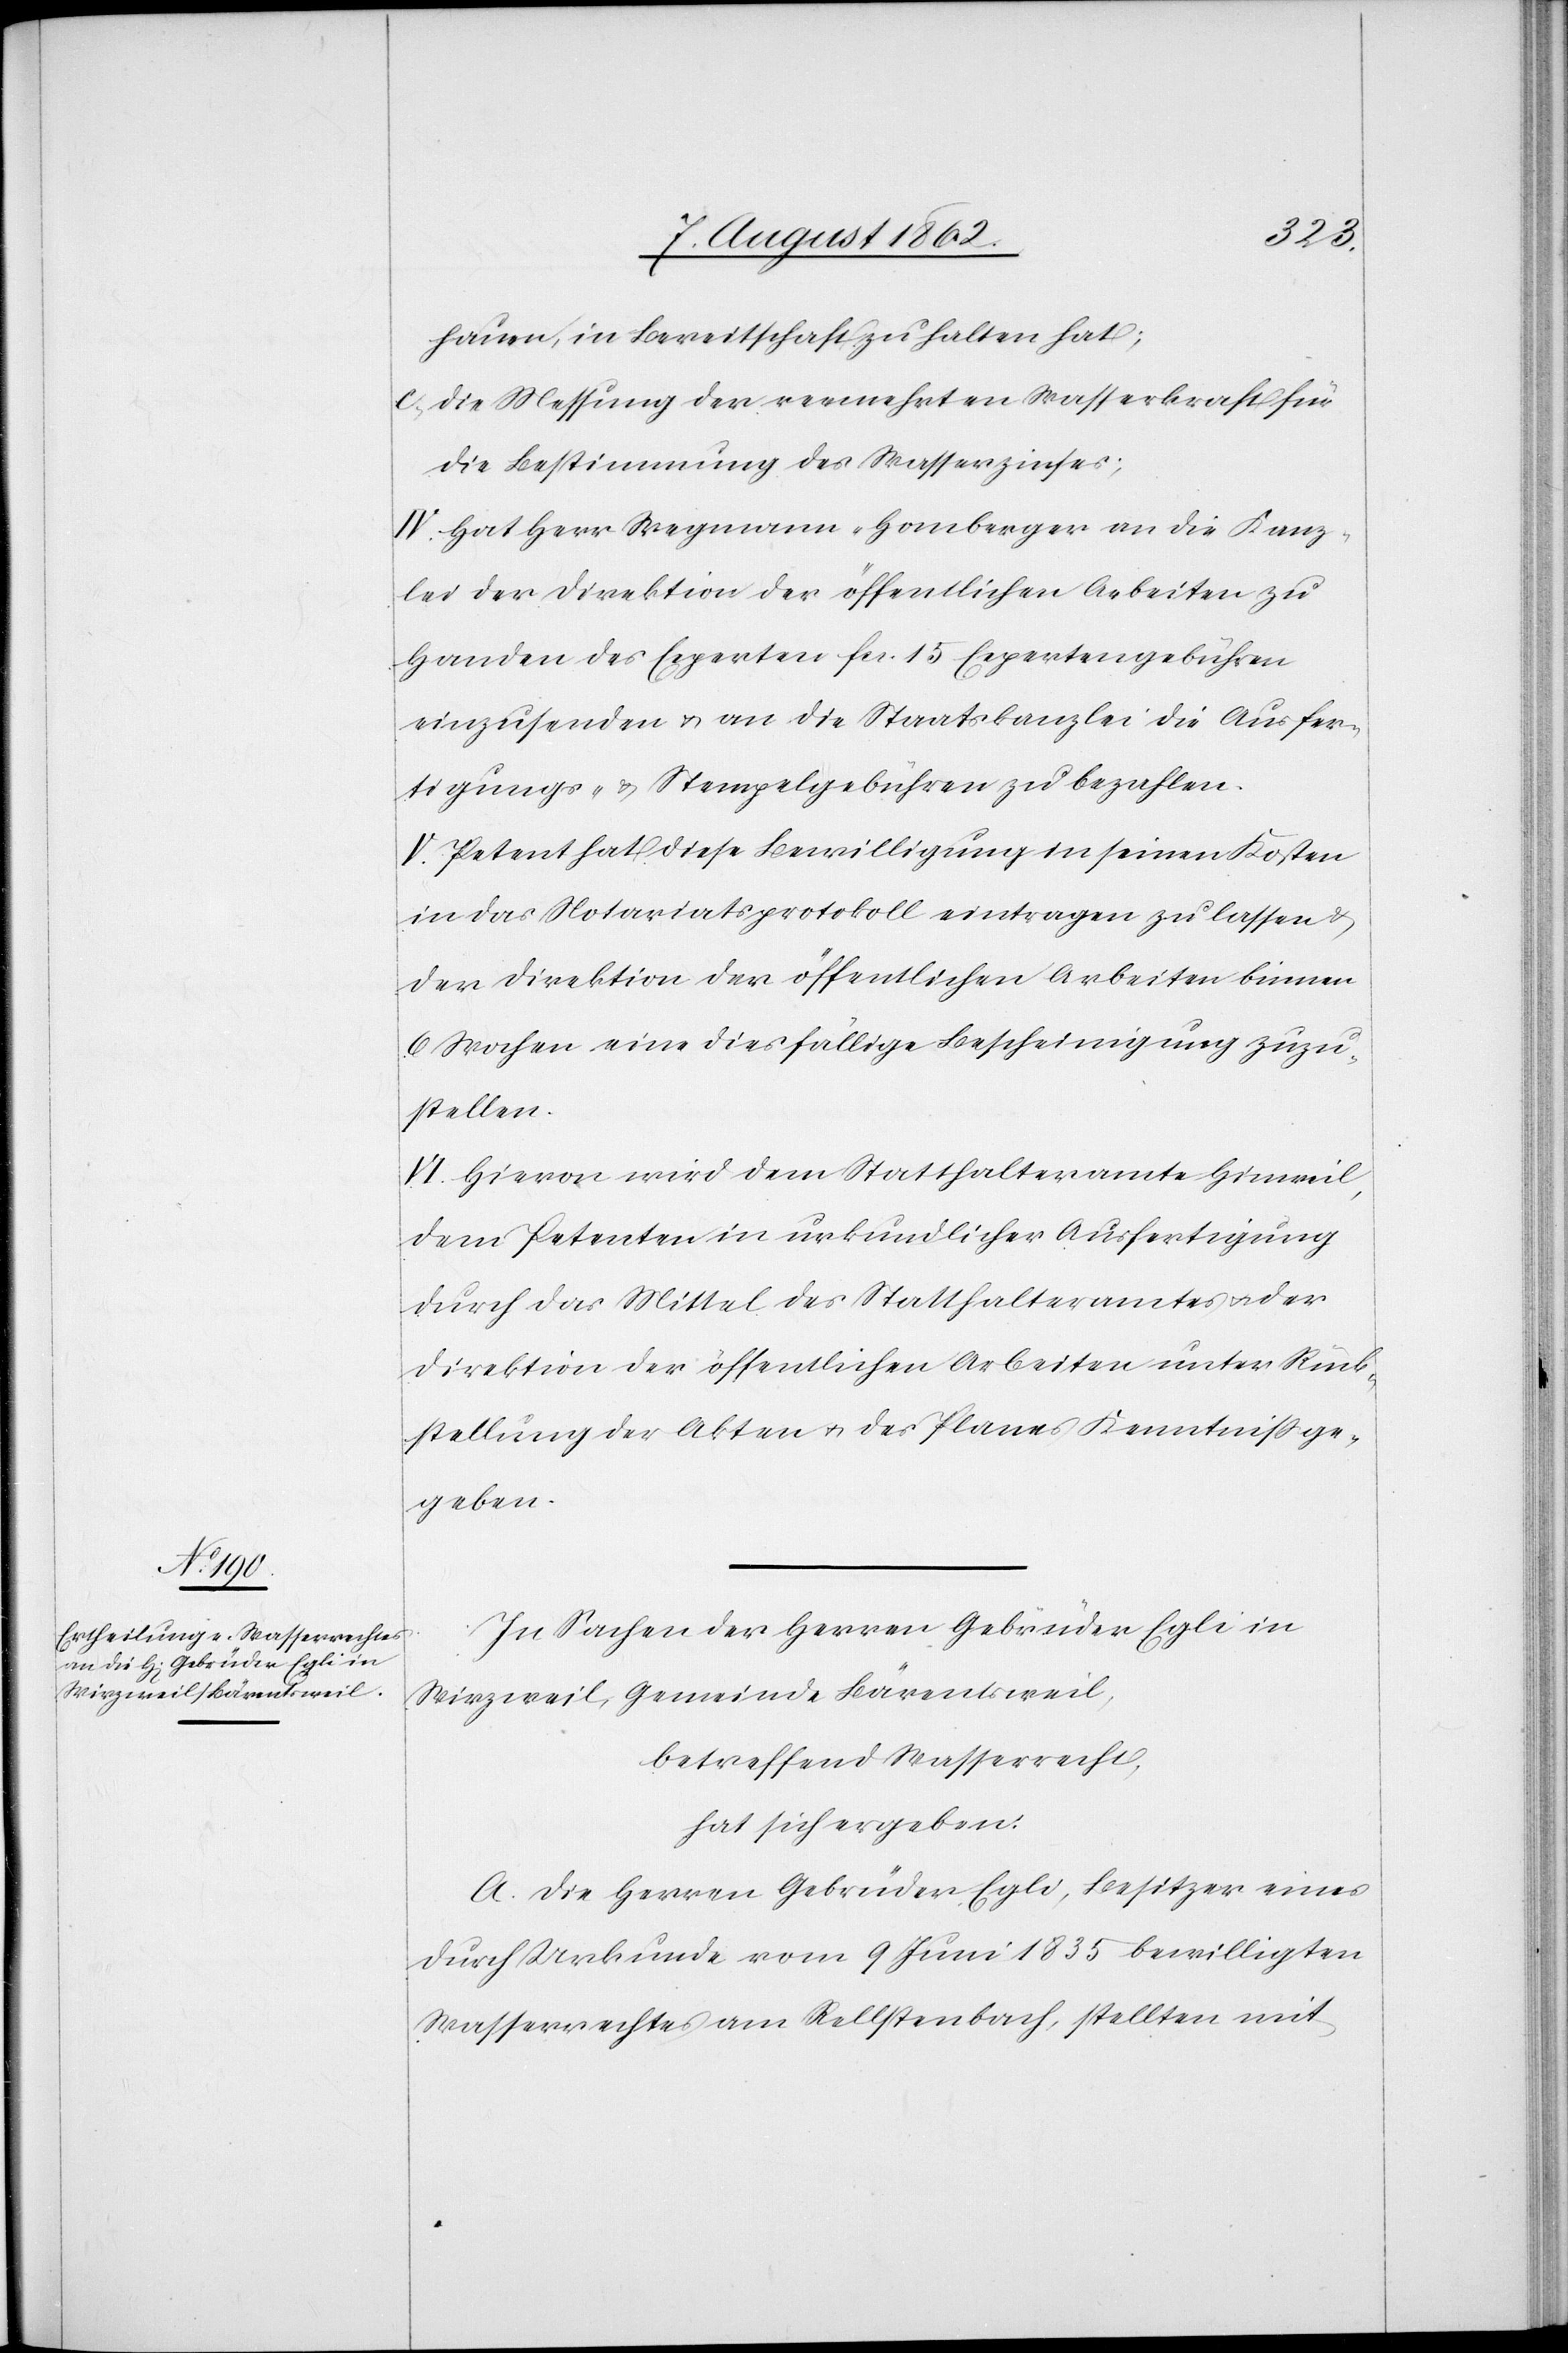
hauen, in Bereitschaft zu halten hat;
c) Die Messung der vermehrten Wasserkraft für
die Bestimmung des Wasserzinses;
IV. Hat Herr Wegmann-Homberger an die Kanz¬
lei der Direktion der öffentlichen Arbeiten zu
Handen des Experten fcs. 15 Expertengebühren
einzusenden u. an die Staatskanzlei die Ausfer¬
tigungs- u. Stempelgebühren zu bezahlen.
V. Petent hat diese Bewilligung in seinen Kosten
in das Notariatsprotokoll eintragen zu lassen u.
der Direktion der öffentlichen Arbeiten binnen
6 Wochen eine diesfällige Bescheinigung zuzu¬
stellen.
VI. Hievon wird dem Statthalteramte Hinweil,
dem Petenten in urkundlicher Ausfertigung
durch das Mittel des Statthalteramtes u. oder
Direktion der öffentlichen Arbeiten unter Rück¬
stellung der Akten u. des Planes Kenntniß ge¬
geben.
In Sachen der Herren Gebrüder Egli in
Wirzweil, Gemeinde Bärentsweil,
betreffend Wasserrecht,
hat sich ergeben:
A. Die Herren Gebrüder Egli, Besitzer eines
durch Urkunde vom 9. Juni 1835 bewilligten
Wasserrechtes am Rellstenbach, stellten mit